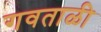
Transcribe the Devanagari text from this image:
गवताळी